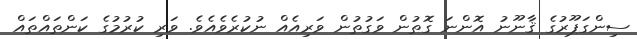
ސިންގަޕޫރުގެ ޤާނޫނު އޮންނަ ގޮތުން ވަގުތުން ވަރިއެއް ނުކުރެވެއެވެ. ވަރި ކުރުމުގެ ކަންތައްތައް